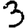
Digit: 3